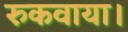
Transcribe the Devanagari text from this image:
रुकवाया।